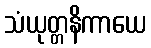
သံယုတ္တနိကာယေ